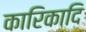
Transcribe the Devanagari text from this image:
कारिकादि